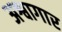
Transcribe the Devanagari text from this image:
अश्वागार